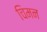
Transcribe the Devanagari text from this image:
चिमन